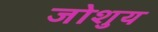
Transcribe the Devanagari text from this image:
जोशुय